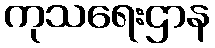
ကုသရေးဌာန